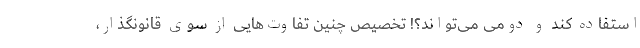
استفاده کند و دومی می‌تواند؟! تخصیص چنین تفاوت‌هایی از سوی قانونگذار،